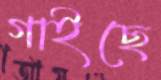
গাইছে